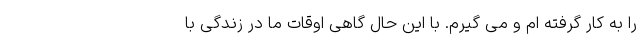
را به کار گرفته ام و می گیرم. با این حال گاهی اوقات ما در زندگی با